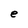
Character: e